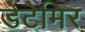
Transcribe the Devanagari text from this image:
डेटेमिर